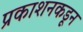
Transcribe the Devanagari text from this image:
प्रकाशनकडून